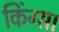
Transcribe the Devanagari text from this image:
किंग्स।